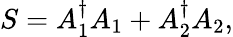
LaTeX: S=A_{1}^{\dagger}A_{1}+A_{2}^{\dagger}A_{2},